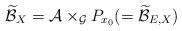
LaTeX: \begin{align*}\widetilde{\mathcal{B}}_{X}=\mathcal{A}\times_{\mathcal{G}}P_{x_{0}} (=\widetilde{\mathcal{B}}_{E,X}) \end{align*}